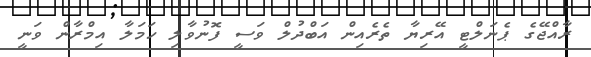
ރާއްޖޭގެ ޕެނަލްޓީ އޭރިޔާ ތެރެއިން އަބްދުލް ވަސީ ފޮނުވާލި ހަމަލާ އިމްރާން ވަނީ